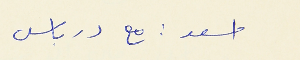
اسعد : مع درباس